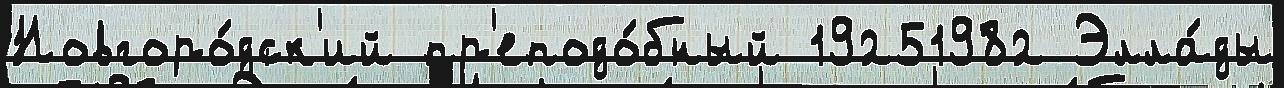
Новгоро́дск'ий пр'еподо́бный 19251982 Элла́ды